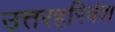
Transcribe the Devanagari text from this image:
उत्तरहरिवंश